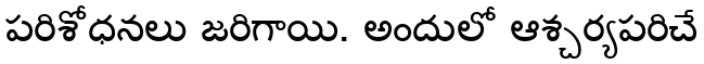
పరిశోధనలు జరిగాయి. అందులో ఆశ్చర్యపరిచే